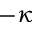
- \kappa